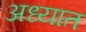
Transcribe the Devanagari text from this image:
अध्यात